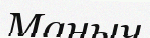
Маныч